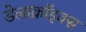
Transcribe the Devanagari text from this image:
डेलाक्रॉइक्स